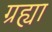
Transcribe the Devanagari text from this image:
ग्रह्या